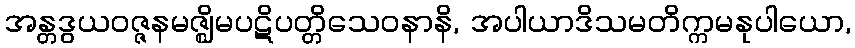
အန္တဒွယဝဇ္ဇနမဇ္ဈိမပဋိပတ္တိသေဝနာနိ, အပါယာဒိသမတိက္ကမနုပါယော,